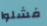
فشلوا